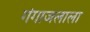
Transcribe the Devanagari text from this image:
गंगाजलाला